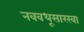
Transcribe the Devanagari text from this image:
नववधूसारखा